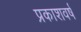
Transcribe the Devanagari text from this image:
प्रकाशवर्षं